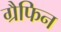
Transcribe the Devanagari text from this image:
ग्रैफिन